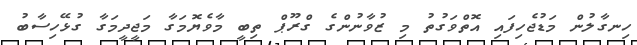
ހިނގާލުން މަޑުޖެހިފައި އޮތްވަގުތު މި ޒުވާނުންގެ ގްރޫޕް ތިބީ މާވެޔޮމަގާ މަޖީދީމަގާ ގުޅޭހިސާބު